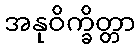
အနုဝိက္ခိတ္တာ